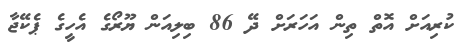
ކުރިއަށް އޮތް ތިން އަހަރަށް ދޭ 86 ބިލިއަން ޔޫރޯގެ އެހީގެ ޕެކޭޖާ